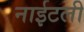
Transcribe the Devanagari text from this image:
नाईटली